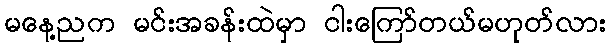
မနေ့ညက မင်းအခန်းထဲမှာ ငါးကြော်တယ်မဟုတ်လား